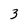
Character: z